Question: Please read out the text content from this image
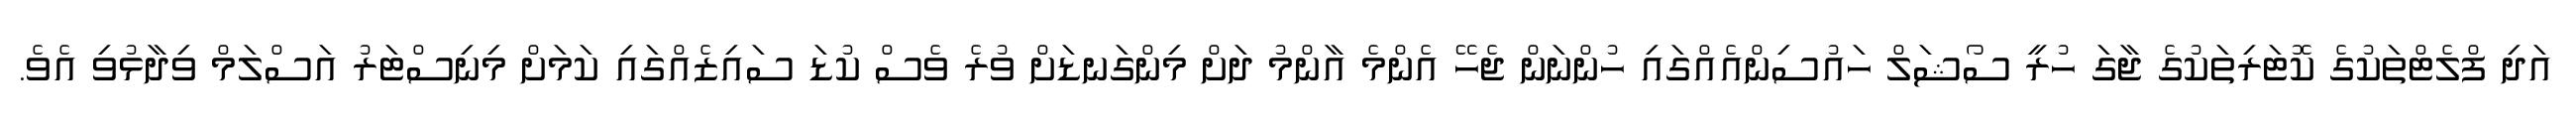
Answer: އަދި ފްލެޓްތަކުގެ ކޮޓަރިތަކުގެ ޖާގަ ހުރީ ސޯޝަލް ހައުސިންއެއްގައި ހުންނަން ޖެހޭ އެންމެ އާންމު ދަށް މިންގަނޑަށް ވުރެ ވެސް ކުޑަ ސައިޒެއްގައި ކަމަށް މިނިސްޓަރު އަސްލަމް ވިދާޅުވި އެވެ.